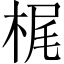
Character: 梶